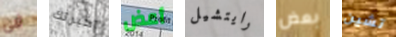
فى اخبرتك أعض رايتشيل بعض تشين